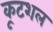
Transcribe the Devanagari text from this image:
कूटशल